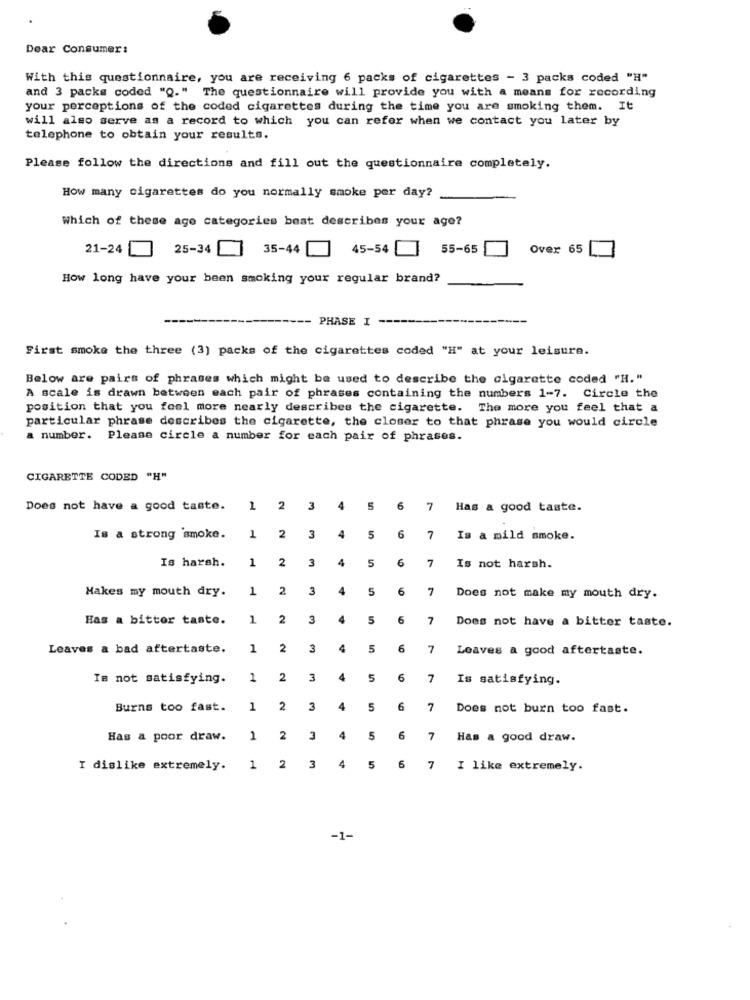
Dear Consumer:
With this questionnaire, you are receiving 6 packs of cigarettes - 3 packs coded "H"
and 3 packs coded "Q." The questionnaire will provide you with a means for recording
your perceptions of the coded cigarettes during the time you are smoking them. It
will also serve as a record to which you can refer when we contact you later by
telephone to obtain your results.
Please follow the directions and fill out the questionnaire completely.
How many cigarettes do you normally smoke per day?
Which of these age categories best describes your age?
21-24
25-34 35-44 45-54
55-65
Over 65
How long have your been smoking your regular brand?
PHASE I
First smoke the three (3) packs of the cigarettes coded "H" at your leisure.
Below are pairs of phrases which might be used to describe the cigarette coded "H."
A scale is drawn between each pair of phrases containing the numbers 1-7. Circle the
position that you feel more nearly describes the cigarette. The more you feel that a
particular phrase describes the cigarette, the closer to that phrase you would circle
a number. Please circle a number for each pair of phrases.
CIGARETTE CODED "H"
Does not have a good taste.
1 2
3
4
6
7
Has a good taste.
Is a strong smoke.
1
2
3
4
5
6
7
Is a mild smoke.
Is harsh.
1
2
3
4
5
6
7
Is not harsh.
Makes my mouth dry.
1
2
3
4
5
6
7
Does not make my mouth dry.
Has a bitter taste.
1
2
3
4
5
6
7
Does not have a bitter taste.
Leaves a bad aftertaste.
1
2
3
4
5
6
7
Leaves a good aftertaste.
Is not satisfying.
2
2
3
4
5
6
7
Is satisfying.
Burns too fast.
1
2
3
4
5
6
7
Does not burn too fast.
Has a poor draw.
1
2
3
4
5
6
7
Has a good draw.
I dislike extremely.
1
2
3
4
5
5
7
I like extremely.
-1-